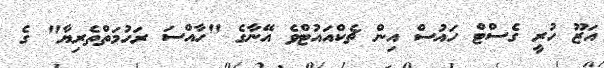
އަޒޫ ހުރީ ގެސްޓް ހައުސް އިން ޗެކްއައުޓްވެ އޭނާގެ "ހާއްސަ ރަހުމަތްތެރިޔާ" ގެ